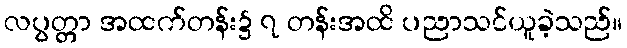
လပွတ္တာ အထက်တန်း၌ ၇ တန်းအထိ ပညာသင်ယူခဲ့သည်။